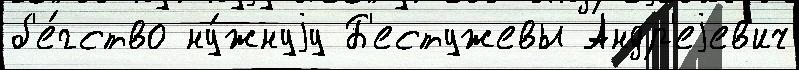
б'е́гство ну́жнуjу Б'естужевы Андр'еjев'ич